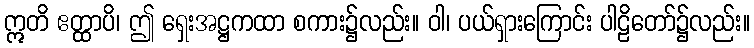
ဣတိ ဧတ္ထာပိ၊ ဤ ရှေးအဋ္ဌကထာ စကား၌လည်း။ ဝါ၊ ပယ်ရှားကြောင်း ပါဠိတော်၌လည်း။